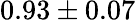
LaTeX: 0.93\pm 0.07